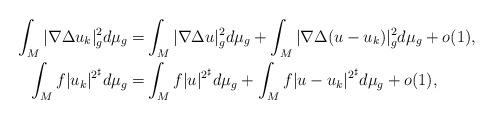
LaTeX: \begin{align*}\int_M|\nabla \Delta u_k|_g^2 d\mu_g=&\int_M |\nabla \Delta u|_g^2 d\mu_g+\int_M |\nabla \Delta (u-u_k)|_g^2 d\mu_g+o(1),\\\int_M f|u_k|^{2^\sharp} d\mu_g=&\int_M f|u|^{2^\sharp} d\mu_g+\int_M f|u-u_k|^{2^\sharp} d\mu_g+o(1),\end{align*}